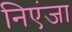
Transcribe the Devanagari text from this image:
निएंजा